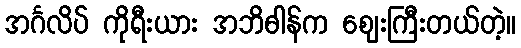
အင်္ဂလိပ် ကိုရီးယား အဘိဓါန်က ဈေးကြီးတယ်တဲ့။